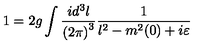
1 = 2 g \int \frac { i d ^ { 3 } l } { { ( 2 \pi ) } ^ { 3 } } \frac { 1 } { l ^ { 2 } - m ^ { 2 } ( 0 ) + i \varepsilon }